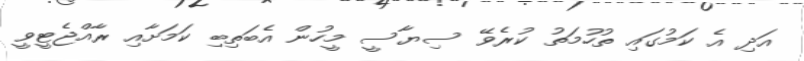
އަދި އެ ކަމުގައި ތުހުމަތު ކުރެވޭ ސިޔާސީ މީހުން އެބަތިބި ކަމަށާއި ރާއްޖެޓީވީ